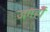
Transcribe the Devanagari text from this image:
जगहोँ